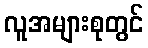
လူအများစုတွင်